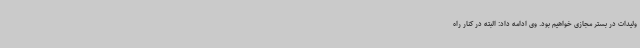
ولیدات در بستر مجازی خواهیم بود. وی ادامه داد: البته در کنار راه